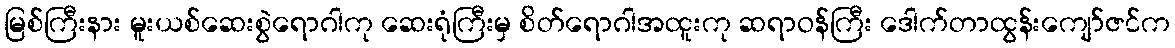
မြစ်ကြီးနား မူးယစ်ဆေးစွဲရောဂါကု ဆေးရုံကြီးမှ စိတ်ရောဂါအထူးကု ဆရာဝန်ကြီး ဒေါက်တာထွန်းကျော်ဇင်က